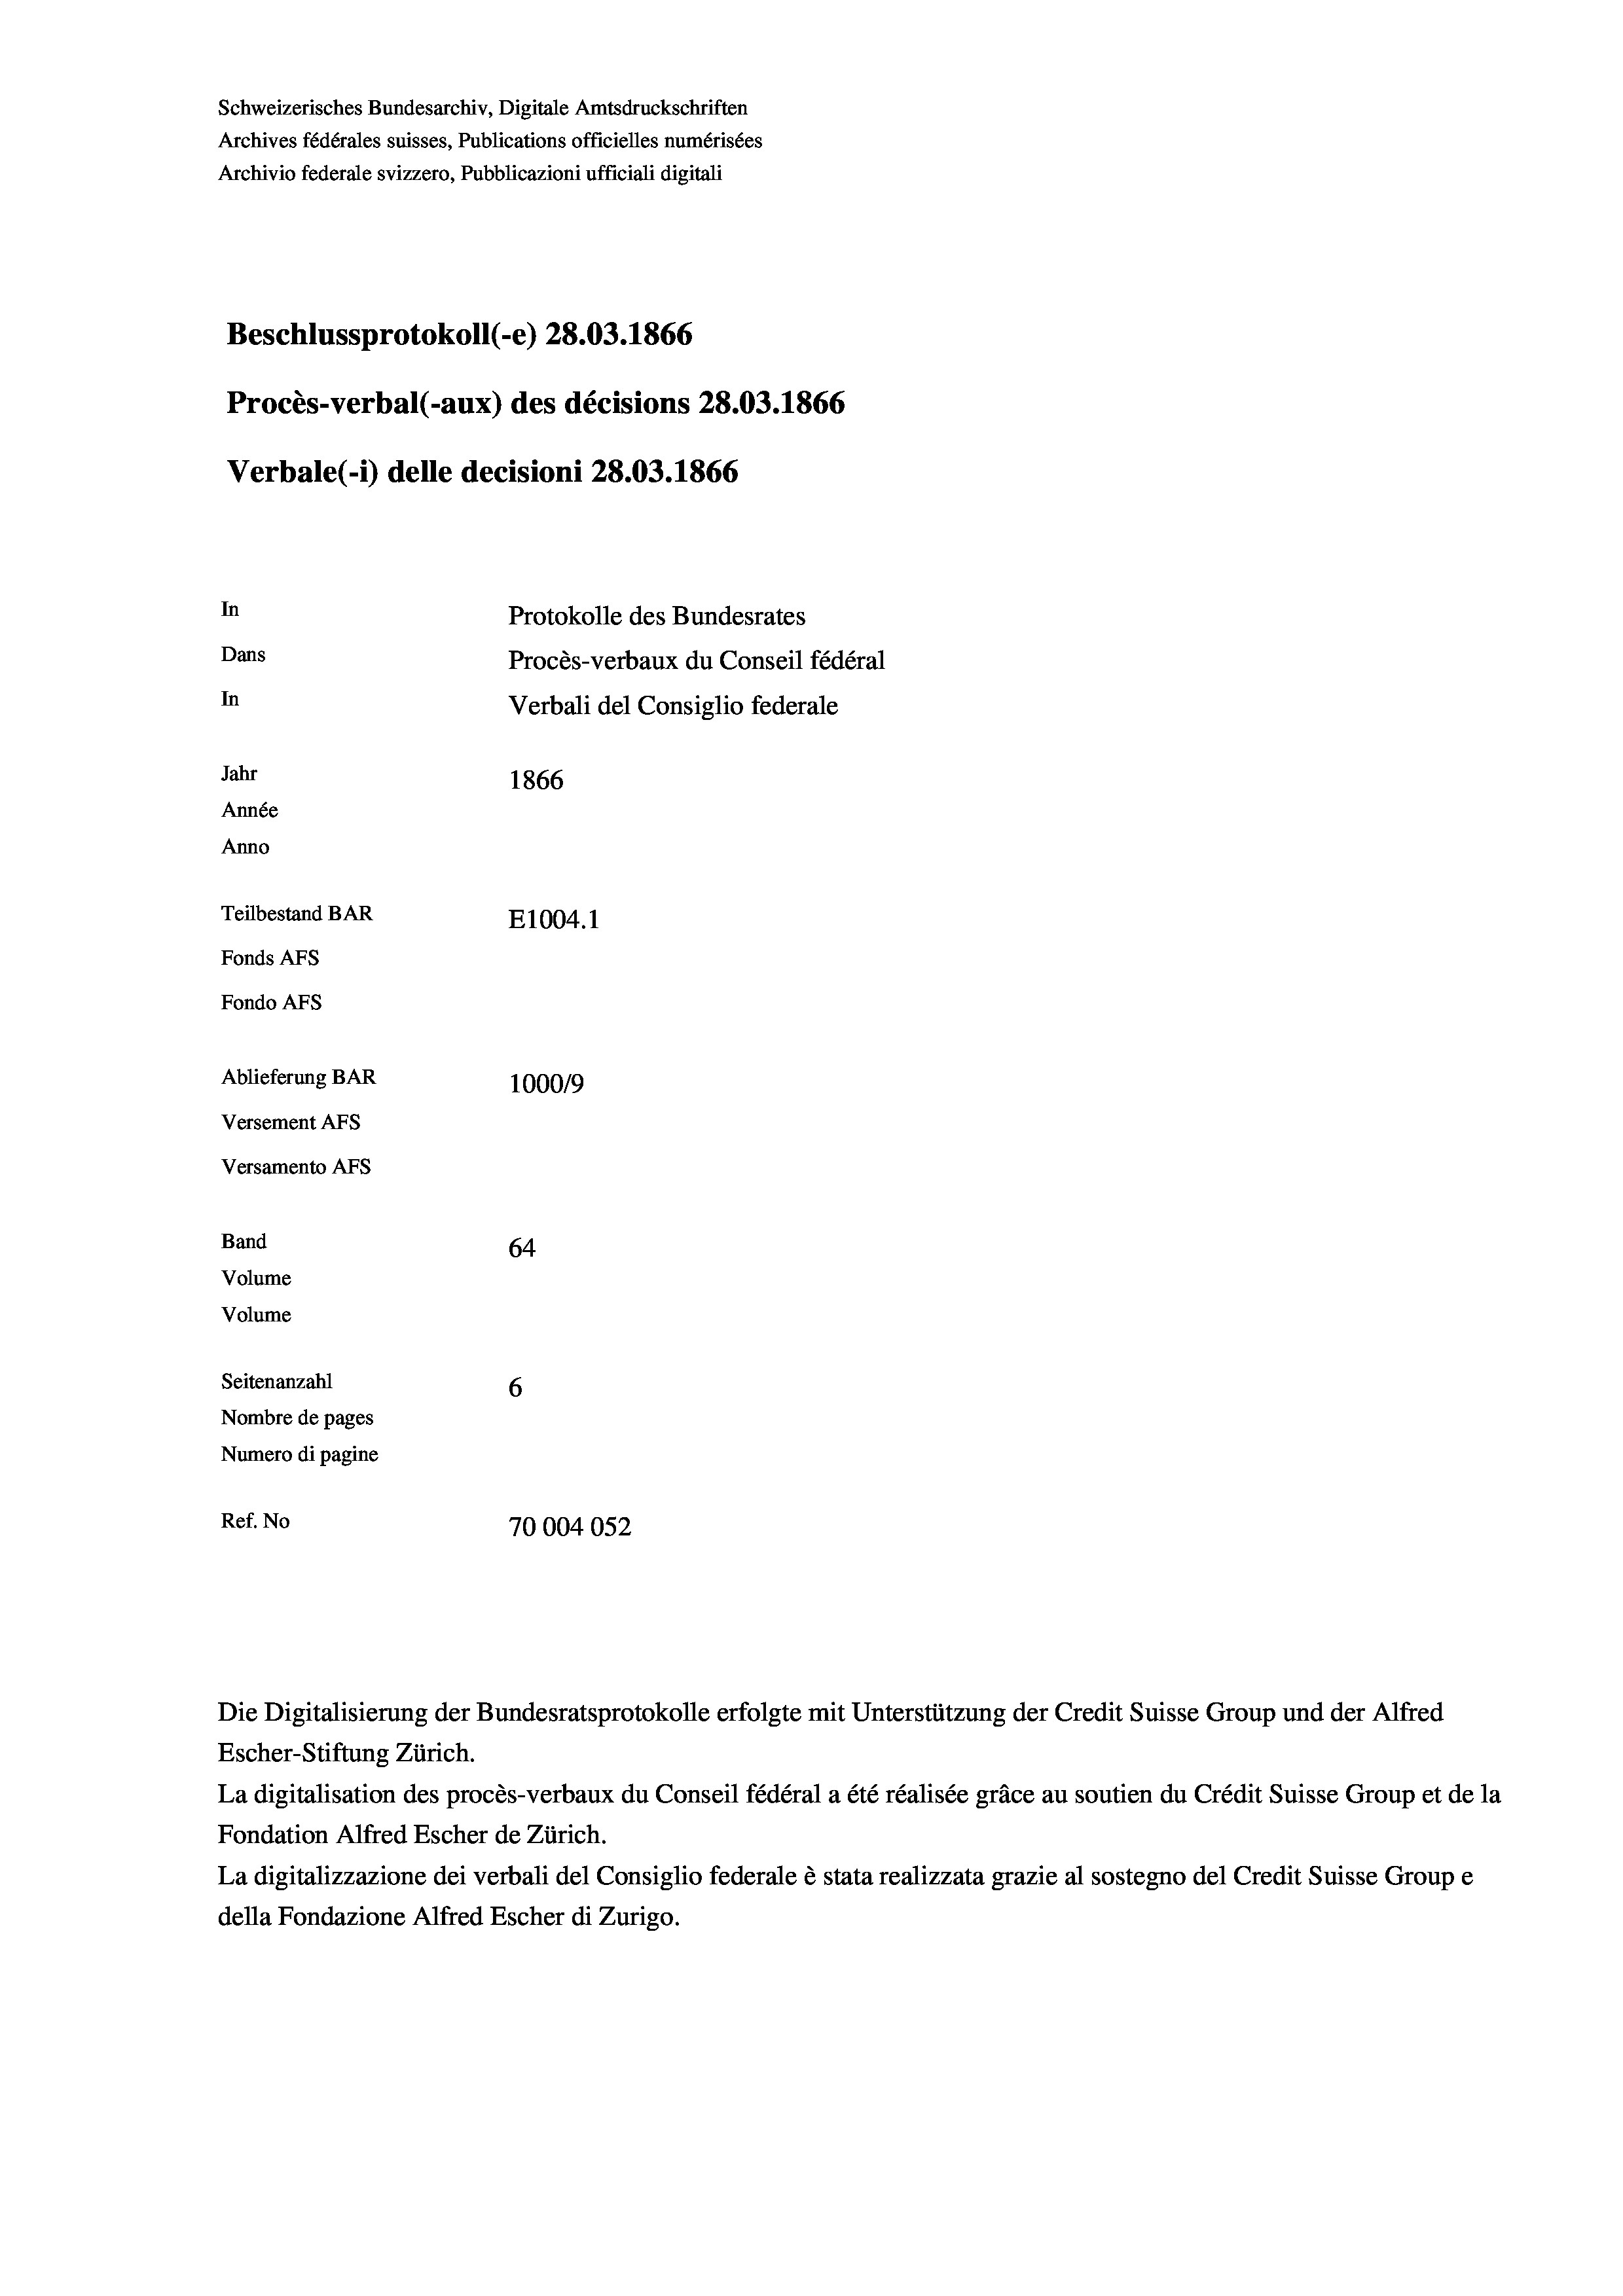
Schweizerisches Bundesarchiv, Digitale Amtsdruckschriften
Archives fédérales suisses, Publications officielles numérisées
Archivio federale svizzero, Pubblicazioni ufficiali digitali
Beschlussprotokoll (-e) 28.03. 1866
Procès-verbal (-aux) des décisions 28.03. 1866
Verbale (i) delle decisioni 28.03. 1866
In
Protokolle des Bundesrates
Dans
Procès-verbaux du Conseil fédéral
In
Verbali del Consiglio federale
Jahr
1866
Année
Anno
Teilbestand BAR
E1004. 1
Fonds AFs
Fondo AFs
Ablieferung BAR
100019
Versement Abs
Versamento Afs
Band
64
Volume
Volume

Seitenanzahl
6
Nombre de pages
Numero di pagine
Ref. No
70004052

Escher-Stiftung Zürich.
La digitalisation des procès-verbaux du Conseil fédéral a été réalisée gräce au soutien du Crédit Suisse Group et de la
Fondation Alfred Escher de Zürich.
La digitalizzazione dei verbali del Consiglio federale è stata realizzata grazie al sostegno del Credit Suisse Groupe
della Fondazione Alfred Escher di Zurigo.

Die Digitalisierung der Bundesratsprotokolle erfolgte mit Unterstützung der Credit Suisse Group und der Alfred